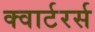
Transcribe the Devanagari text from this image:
क्वार्टरर्स